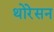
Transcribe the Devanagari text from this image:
थोरेसन